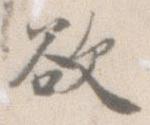
欲